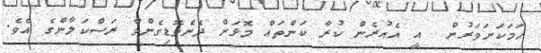
ހަމަކަށަވަރުން  އީ އެއުރެން ކުރާ ކަންތައް މޮޅަށް ދެނެވޮޑިގެންވާ ރަސްކަލާންގެ އެވެ.